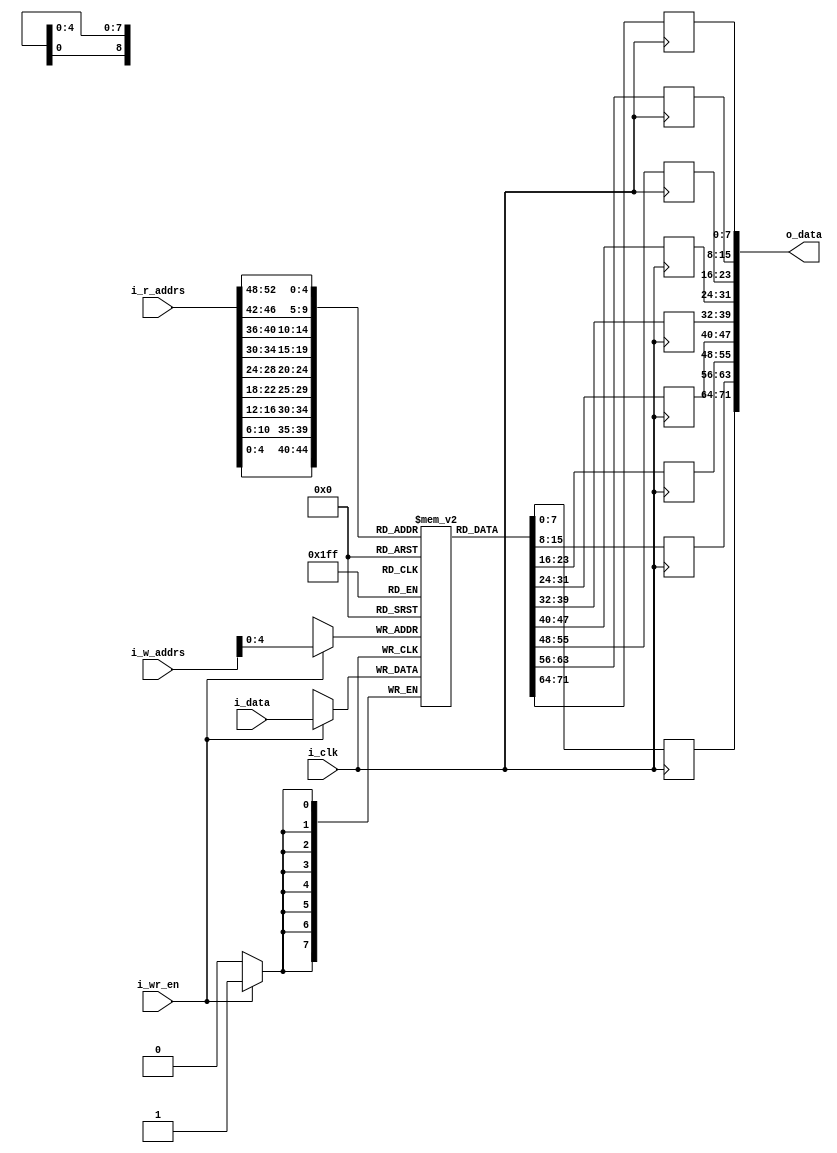
module bram #(
    parameter ADDR_WIDTH = 6, 
    parameter RAM_WIDTH = 8, 
    parameter RAM_DEPTH = 21,
    parameter RAM_PORTS = 9
)(
    input wire i_clk,
    input wire [ADDR_WIDTH * RAM_PORTS-1:0] i_r_addrs,
    input wire [ADDR_WIDTH-1:0] i_w_addrs,   
    input wire i_wr_en,
    input wire [RAM_WIDTH-1:0] i_data,

    output reg [RAM_WIDTH * RAM_PORTS-1:0] o_data
);
    integer j;

    reg [RAM_WIDTH-1:0] memory_array [0:RAM_DEPTH-1];

    /*Reset memory*/
    initial begin
        for(j=0; j < RAM_DEPTH; j=j+1) begin
            memory_array[j] = 0;
        end
    end
    
    /*Write data in bram*/
    always @ (posedge i_clk) begin
        if(i_wr_en) begin
            memory_array[i_w_addrs] <= i_data;
        end
    end
    
    generate
        genvar i;
        
        for(i = 0; i < RAM_PORTS; i = i + 1) begin
            always @ (posedge i_clk) begin
                o_data[RAM_WIDTH * i + (RAM_WIDTH - 1): RAM_WIDTH*i] <= 
                    memory_array[i_r_addrs[ADDR_WIDTH * i + (ADDR_WIDTH - 1): ADDR_WIDTH*i]];
            end
        end
    
    endgenerate
    
endmodule